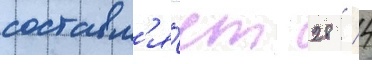
составл'я́ет 28 / 4